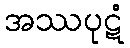
အဿပုဋံ